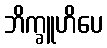
ဘိက္ခူဟိပေ